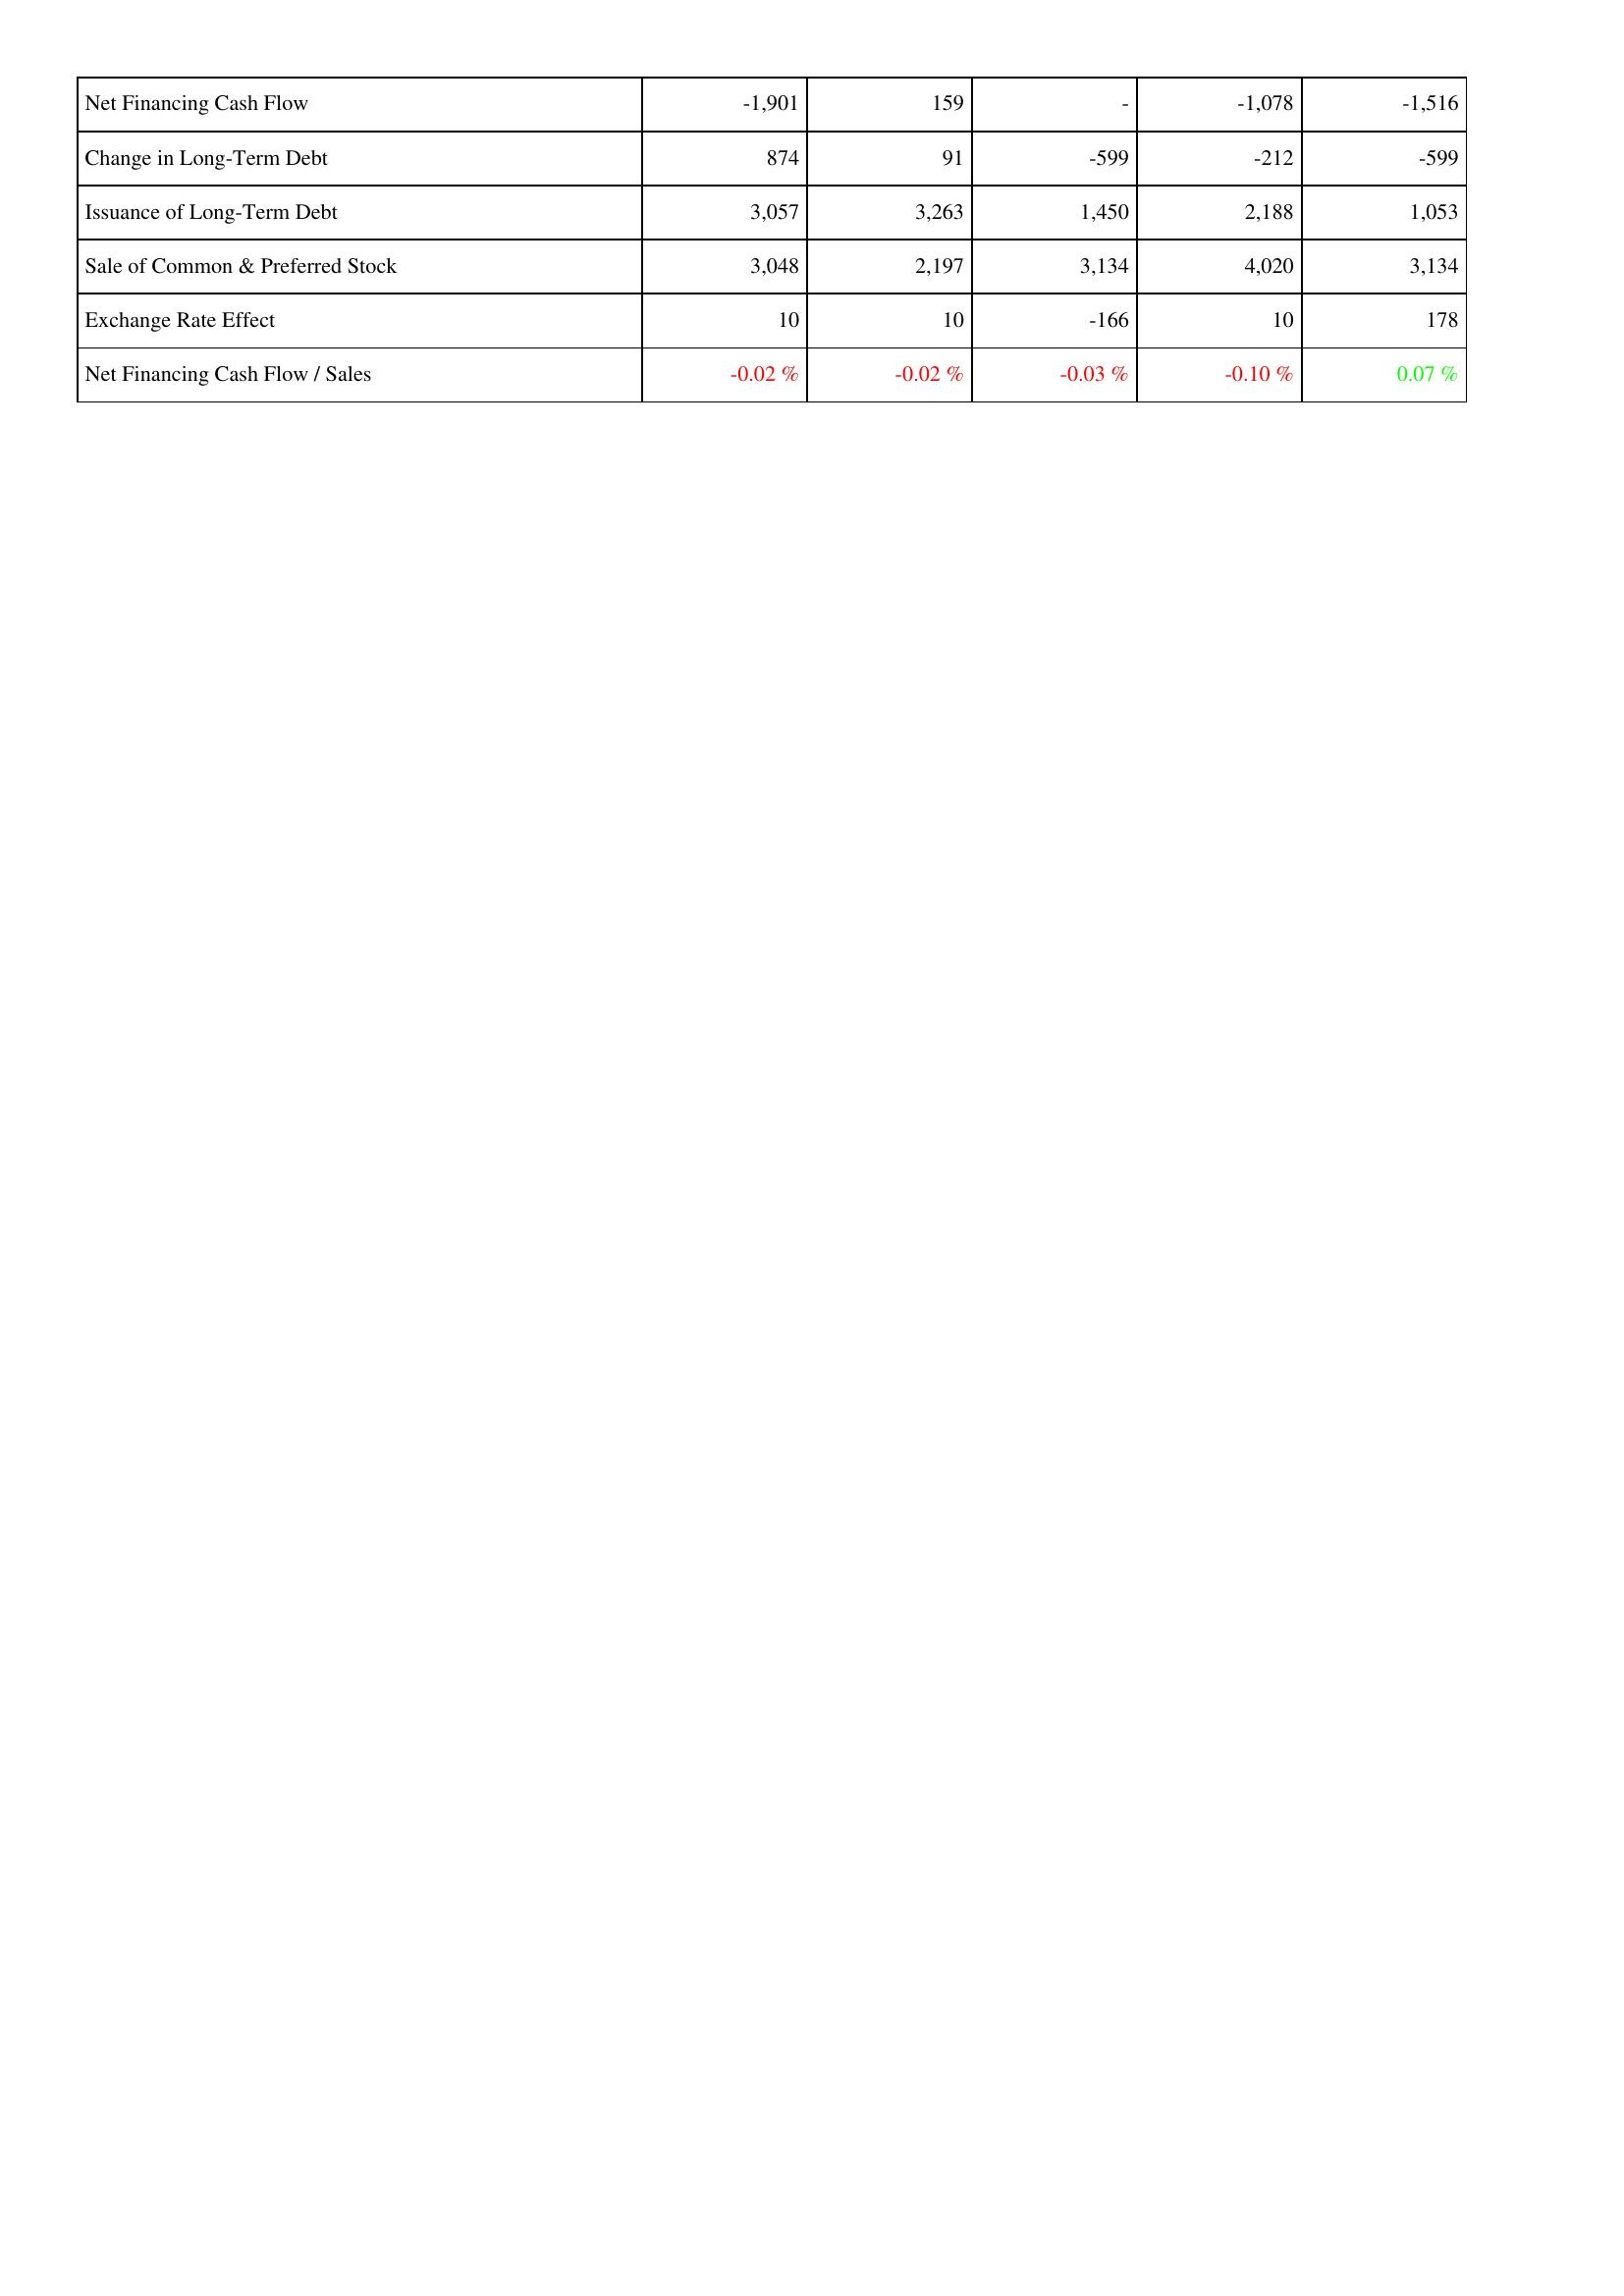
2013: Financing Activities: Net Financing Cash Flow: -1,901
Change in Long-Term Debt: 874
Issuance of Long-Term Debt: 3,057
Sale of Common & Preferred Stock: 3,048
Exchange Rate Effect: 10
Net Financing Cash Flow / Sales: -0.02 %
2014: Financing Activities: Net Financing Cash Flow: 159
Change in Long-Term Debt: 91
Issuance of Long-Term Debt: 3,263
Sale of Common & Preferred Stock: 2,197
Exchange Rate Effect: 10
Net Financing Cash Flow / Sales: -0.02 %
2015: Financing Activities: Net Financing Cash Flow: -
Change in Long-Term Debt: -599
Issuance of Long-Term Debt: 1,450
Sale of Common & Preferred Stock: 3,134
Exchange Rate Effect: -166
Net Financing Cash Flow / Sales: -0.03 %
2016: Financing Activities: Net Financing Cash Flow: -1,078
Change in Long-Term Debt: -212
Issuance of Long-Term Debt: 2,188
Sale of Common & Preferred Stock: 4,020
Exchange Rate Effect: 10
Net Financing Cash Flow / Sales: -0.10 %
2017: Financing Activities: Net Financing Cash Flow: -1,516
Change in Long-Term Debt: -599
Issuance of Long-Term Debt: 1,053
Sale of Common & Preferred Stock: 3,134
Exchange Rate Effect: 178
Net Financing Cash Flow / Sales: 0.07 %